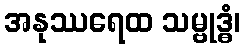
အနုဿရေထ သမ္ဗုဒ္ဓံ၊